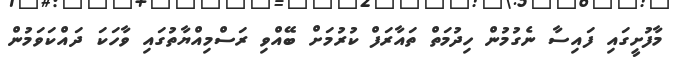
މާފުށީގައި ފައިސާ ނެގުމުން ހިދުމަތް ތައާރަފް ކުރުމަށް ބޭއްވި ރަސްމިއްޔާތުގައި ވާހަކަ ދައްކަވަމުން